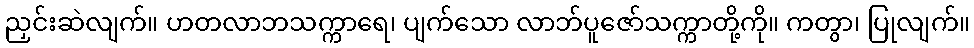
ညှင်းဆဲလျက်။ ဟတလာဘသက္ကာရေ၊ ပျက်သော လာဘ်ပူဇော်သက္ကာတို့ကို။ ကတွာ၊ ပြုလျက်။